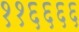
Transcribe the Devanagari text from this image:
११६६६६